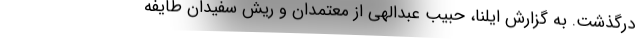
درگذشت. به گزارش ایلنا، حبیب عبدالهی از معتمدان و ریش سفیدان طایفه